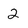
Character: 2